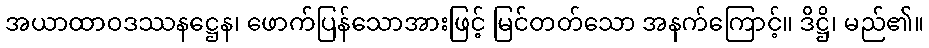
အယာထာဝဒဿနဋ္ဌေန၊ ဖောက်ပြန်သောအားဖြင့် မြင်တတ်သော အနက်ကြောင့်။ ဒိဋ္ဌိ၊ မည်၏။